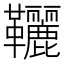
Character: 𩎉